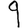
Digit: 9